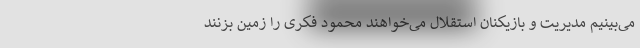
می‌بینیم مدیریت و بازیکنان استقلال می‌خواهند محمود فکری را زمین بزنند